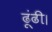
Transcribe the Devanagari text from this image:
ढूंढी।